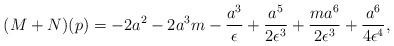
LaTeX: \begin{align*}(M+N)(p)=-2a^2-2a^3m-\frac{a^3}{\epsilon}+\frac{a^5}{2\epsilon^3}+\frac{ma^6}{2\epsilon^3}+\frac{a^6}{4\epsilon^4},\end{align*}